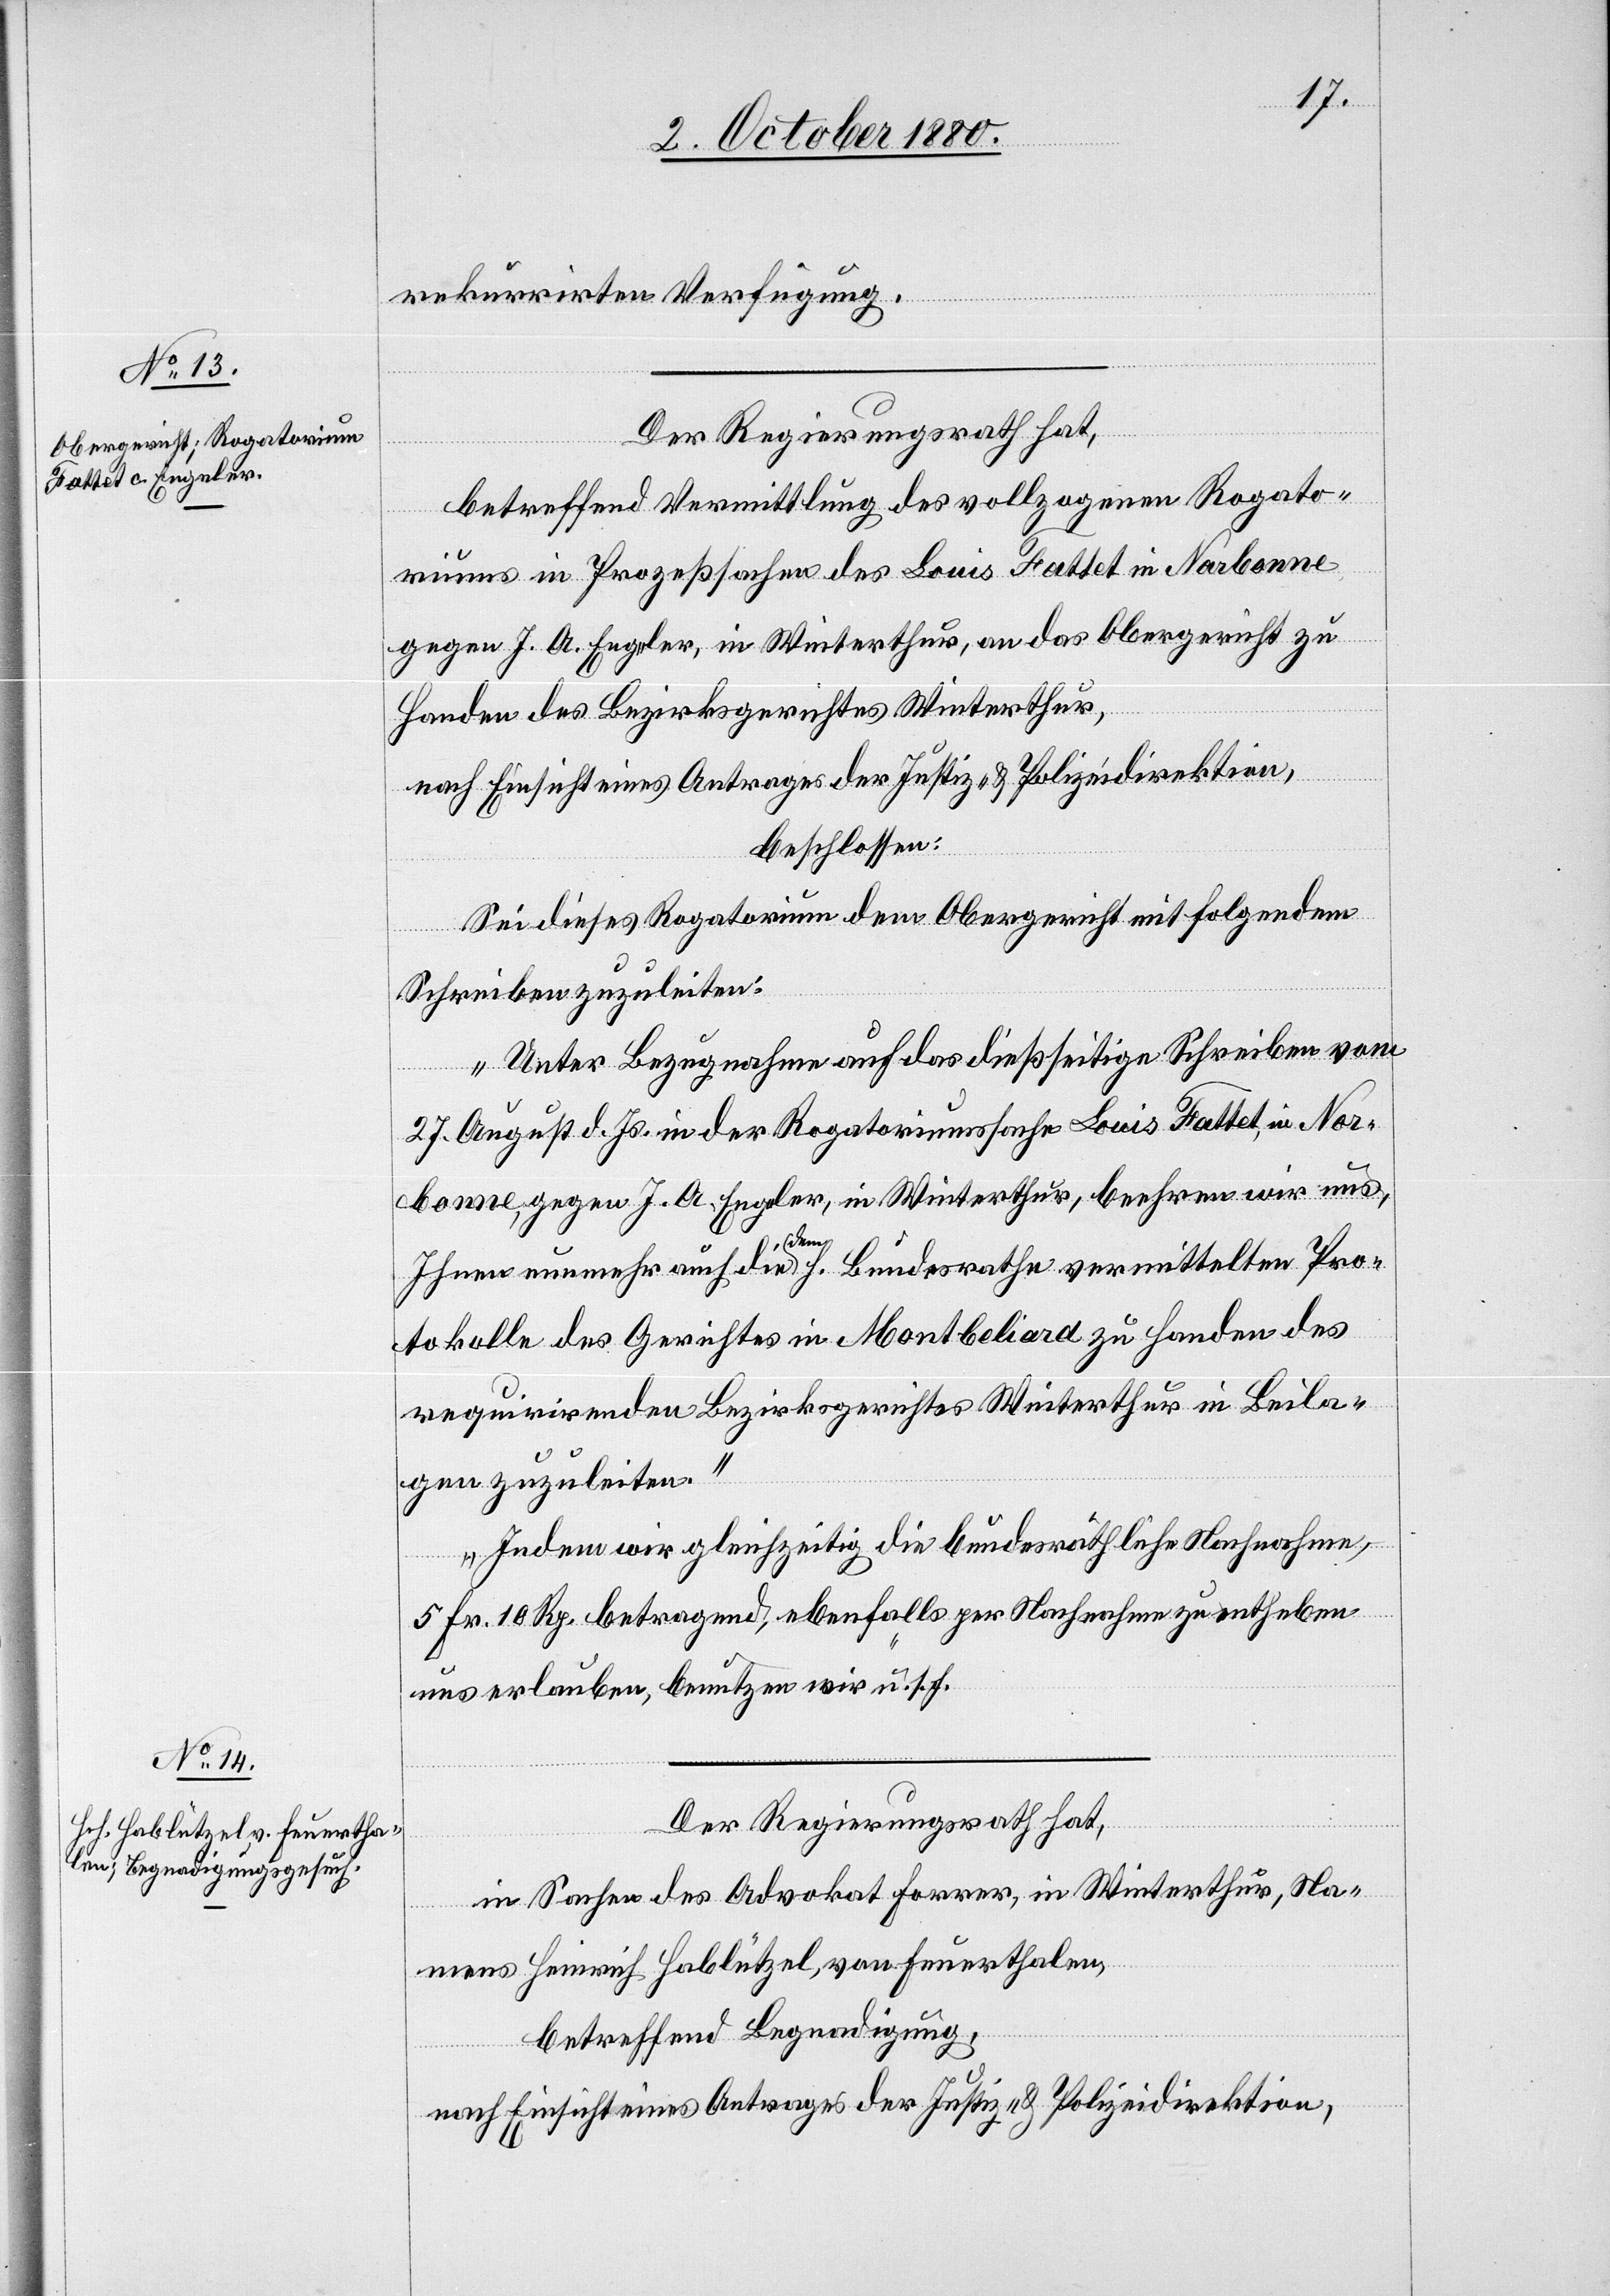
rekurrirten Verfügung.
Der Regierungsrath hat,
betreffend Vermittlung des vollzogenen Rogato¬
riums in Prozeßsachen des Louis Fattet in Narbonne
gegen J. A. Engeler, in Winterthur, an das Obergericht zu
Handen des Bezirksgerichtes Winterthur,
nach Einsicht eines Antrages der Justiz- & Polizeidirektion,
beschlossen:
Sei dieses Rogatorium dem Obergericht mit folgendem
Schreiben zuzuleiten:
„Unter Bezugnahme auf das dießseitige Schreiben vom
27. August d. Js. in der Rogatoriumssache Louis Fattet, in Nar¬
bonne, gegen J. A. Engeler, in Winterthur, beehren wir uns
Ihnen nunmehr auf die dem h. Bundesrathe vermittelten Pro¬
tokolle des Gerichtes in Montbeliard zu Handen des
requirirenden Bezirksgerichtes Winterthur in Beila¬
gen zuzuleiten.
Indem wir gleichzeitig die bundesräthliche Nachnahme,
5 Fr. 10 Rp. betragend, ebenfalls per Nachnahme zu entheben
uns erlauben, benutzen wir“ u. s. f.
Der Regierungsrath hat,
in Sachen des Advokat Forrer, in Winterthur, Na¬
mens Heinrich Hablützel, von Feuerthalen,
betreffend Begnadigung,
nach Einsicht eines Antrages der Justiz- & Polizeidirektion,